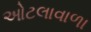
ઓટલાવાળા